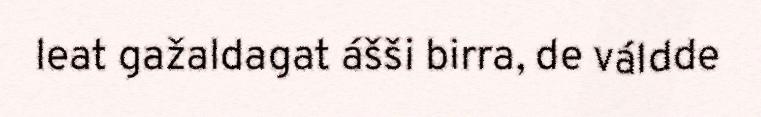
leat gažaldagat ášši birra, de váldde